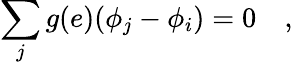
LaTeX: \sum_{j}g(e)(\phi_{j}-\phi_{i})=0\quad,